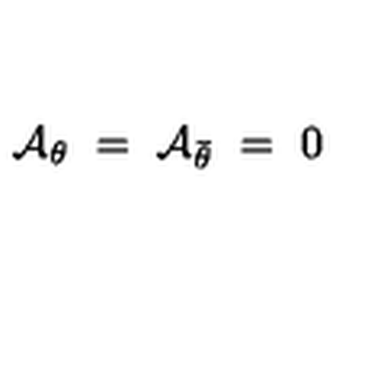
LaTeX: { \cal A } _ { \theta } \ = \ { \cal A } _ { \bar { \theta } } \ = \ 0